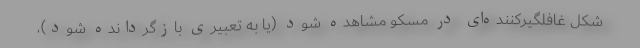
شکل غافلگیرکننده‌ای در مسکو مشاهده شود (یا به تعبیری بازگردانده شود)،